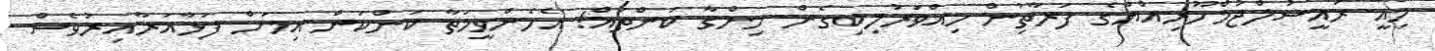
މިއީ ރައީސުލްޖުމްހޫރިއްޔާގެ ފަރާތުިން ހިއްވަރުލިބިގެން ހިންގާ ކަންތައް! އެހެންވީމަތާ ކަންކަން އިމަށް ފަޅާއަރާއިރުވެސް